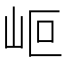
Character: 𡶅